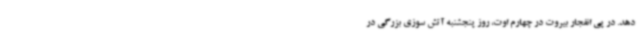
دهد. در پی انفجار بیروت در چهارم اوت، روز پنجشنبه آتش سوزی بزرگی در